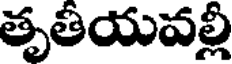
తృతీయవల్లీ